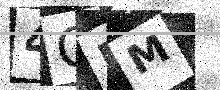
Text: 4GMM